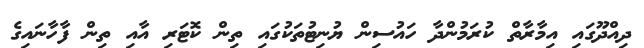
ދިއްދޫގައި އިމާރާތް ކުރަމުންދާ ހައުސިން ޔުނިޓުތަކުގައި ތިން ކޮޓަރި އާއި ތިން ފާހާނައިގެ